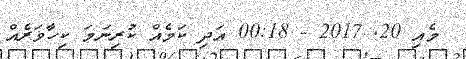
މެއި 20